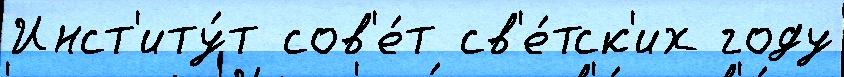
Инст'иту́т сов'е́т св'е́тск'их году